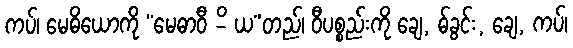
ကပ်၊ မေဓိယောကို “မေဓာဝီ -ိ ယ”တည်၊ ဝီပစ္စည်းကို ချေ, ဓ်ခွင်း, ချေ, ကပ်၊